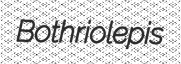
Bothriolepis